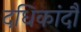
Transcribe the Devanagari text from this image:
दधिकांदौ